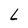
Character: L